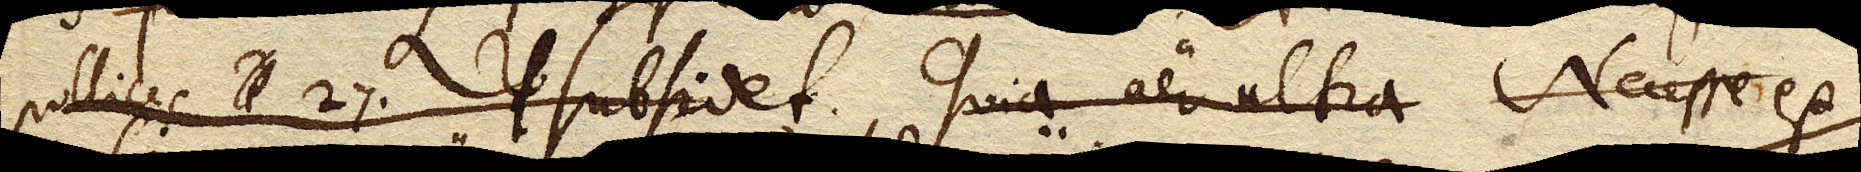
pollices 27. subsidet. Quia al ultra Necesse est